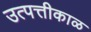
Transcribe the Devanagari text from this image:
उत्पत्तीकाळ